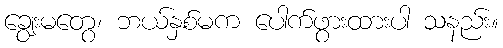
ချွေးမတွေ၊ ဘယ်နှစ်မက ပေါက်ဖွားထားပါ သနည်း။